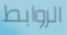
الروابط